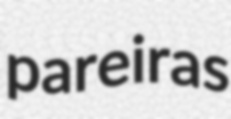
pareiras